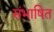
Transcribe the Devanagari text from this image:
संभाषित